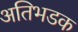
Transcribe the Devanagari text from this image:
अतिभडक